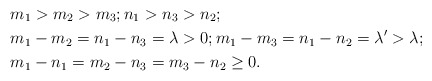
\begin{align*}&m_1>m_2>m_3; n_1>n_3>n_2;\\&m_1-m_2=n_1-n_3=\lambda>0; m_1-m_3=n_1-n_2=\lambda'>\lambda; \\& m_1-n_1=m_2-n_3=m_3-n_2\ge 0. \end{align*}